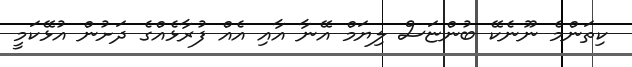
ކިތަންމެ ނޫނެކޭ ބުންޏަސް ލިޔަމް އޭނާ އާއި އެއް ފުރާޅެއްގެ ދަށުން އުޅޭކަމީ